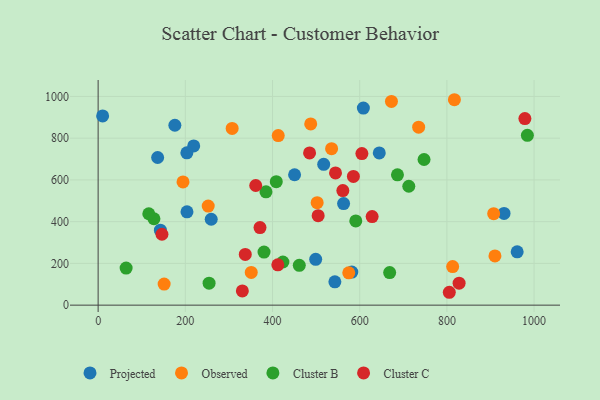
{"axis": {"x": "Speed", "y": "Fuel Efficiency"}, "legend": ["Cluster B", "Cluster C", "Observed", "Projected"], "data": [{"x": "142.8", "y": 359.3, "type": "Projected"}, {"x": "219.2", "y": 762.7, "type": "Projected"}, {"x": "203.8", "y": 446.9, "type": "Projected"}, {"x": "961.2", "y": 255.5, "type": "Projected"}, {"x": "136.5", "y": 707.4, "type": "Projected"}, {"x": "176.0", "y": 861.9, "type": "Projected"}, {"x": "499.0", "y": 219.5, "type": "Projected"}, {"x": "517.4", "y": 674.7, "type": "Projected"}, {"x": "644.9", "y": 729.1, "type": "Projected"}, {"x": "608.4", "y": 944.0, "type": "Projected"}, {"x": "259.4", "y": 411.5, "type": "Projected"}, {"x": "543.0", "y": 111.8, "type": "Projected"}, {"x": "931.1", "y": 439.3, "type": "Projected"}, {"x": "10.3", "y": 906.7, "type": "Projected"}, {"x": "450.6", "y": 624.8, "type": "Projected"}, {"x": "563.0", "y": 486.7, "type": "Projected"}, {"x": "581.9", "y": 158.7, "type": "Projected"}, {"x": "203.5", "y": 729.9, "type": "Projected"}, {"x": "535.5", "y": 749.8, "type": "Observed"}, {"x": "672.8", "y": 976.1, "type": "Observed"}, {"x": "910.2", "y": 235.7, "type": "Observed"}, {"x": "413.1", "y": 812.3, "type": "Observed"}, {"x": "307.4", "y": 846.6, "type": "Observed"}, {"x": "194.7", "y": 590.6, "type": "Observed"}, {"x": "813.2", "y": 184.6, "type": "Observed"}, {"x": "907.3", "y": 438.4, "type": "Observed"}, {"x": "487.6", "y": 868.1, "type": "Observed"}, {"x": "351.2", "y": 157.0, "type": "Observed"}, {"x": "574.9", "y": 154.9, "type": "Observed"}, {"x": "735.2", "y": 852.5, "type": "Observed"}, {"x": "151.4", "y": 100.9, "type": "Observed"}, {"x": "252.5", "y": 474.6, "type": "Observed"}, {"x": "817.2", "y": 984.2, "type": "Observed"}, {"x": "502.4", "y": 491.2, "type": "Observed"}, {"x": "747.6", "y": 697.8, "type": "Cluster B"}, {"x": "408.6", "y": 591.7, "type": "Cluster B"}, {"x": "64.2", "y": 177.7, "type": "Cluster B"}, {"x": "591.0", "y": 403.4, "type": "Cluster B"}, {"x": "128.0", "y": 413.9, "type": "Cluster B"}, {"x": "116.2", "y": 437.8, "type": "Cluster B"}, {"x": "668.7", "y": 156.3, "type": "Cluster B"}, {"x": "461.4", "y": 190.6, "type": "Cluster B"}, {"x": "686.6", "y": 624.2, "type": "Cluster B"}, {"x": "385.0", "y": 542.9, "type": "Cluster B"}, {"x": "380.5", "y": 254.4, "type": "Cluster B"}, {"x": "984.6", "y": 813.5, "type": "Cluster B"}, {"x": "423.8", "y": 206.7, "type": "Cluster B"}, {"x": "254.5", "y": 105.4, "type": "Cluster B"}, {"x": "712.6", "y": 569.7, "type": "Cluster B"}, {"x": "544.5", "y": 633.3, "type": "Cluster C"}, {"x": "585.5", "y": 616.6, "type": "Cluster C"}, {"x": "605.0", "y": 726.3, "type": "Cluster C"}, {"x": "805.5", "y": 61.7, "type": "Cluster C"}, {"x": "371.3", "y": 371.5, "type": "Cluster C"}, {"x": "485.0", "y": 729.5, "type": "Cluster C"}, {"x": "828.0", "y": 105.3, "type": "Cluster C"}, {"x": "146.4", "y": 339.8, "type": "Cluster C"}, {"x": "330.8", "y": 68.4, "type": "Cluster C"}, {"x": "337.5", "y": 242.8, "type": "Cluster C"}, {"x": "504.7", "y": 428.9, "type": "Cluster C"}, {"x": "978.9", "y": 894.0, "type": "Cluster C"}, {"x": "628.5", "y": 424.2, "type": "Cluster C"}, {"x": "561.3", "y": 548.9, "type": "Cluster C"}, {"x": "412.2", "y": 193.3, "type": "Cluster C"}, {"x": "361.5", "y": 573.3, "type": "Cluster C"}]}